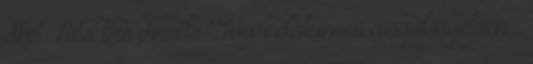
Shit Hits the Sheds Tour dátumai angol nyelven .